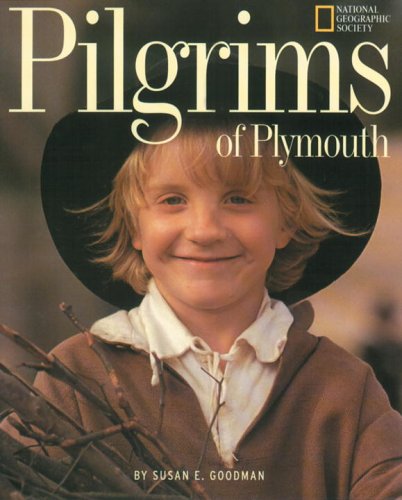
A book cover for Pilgrims Of Plymouth; Susan E. Goodman; Children's Books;